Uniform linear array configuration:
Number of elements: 16
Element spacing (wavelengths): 1
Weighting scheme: hann
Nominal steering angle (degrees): -30
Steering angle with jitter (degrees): -28.881
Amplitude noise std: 0.05
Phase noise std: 0.05

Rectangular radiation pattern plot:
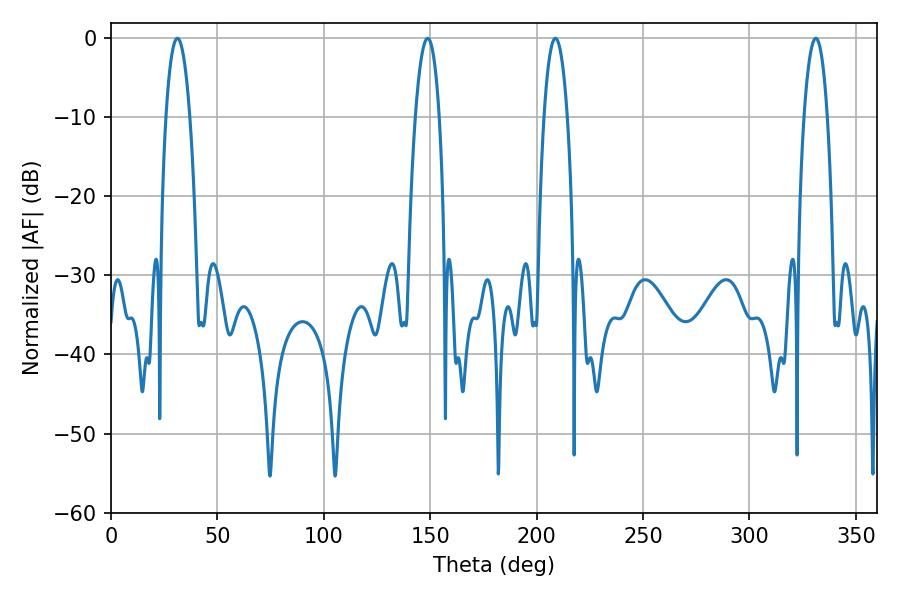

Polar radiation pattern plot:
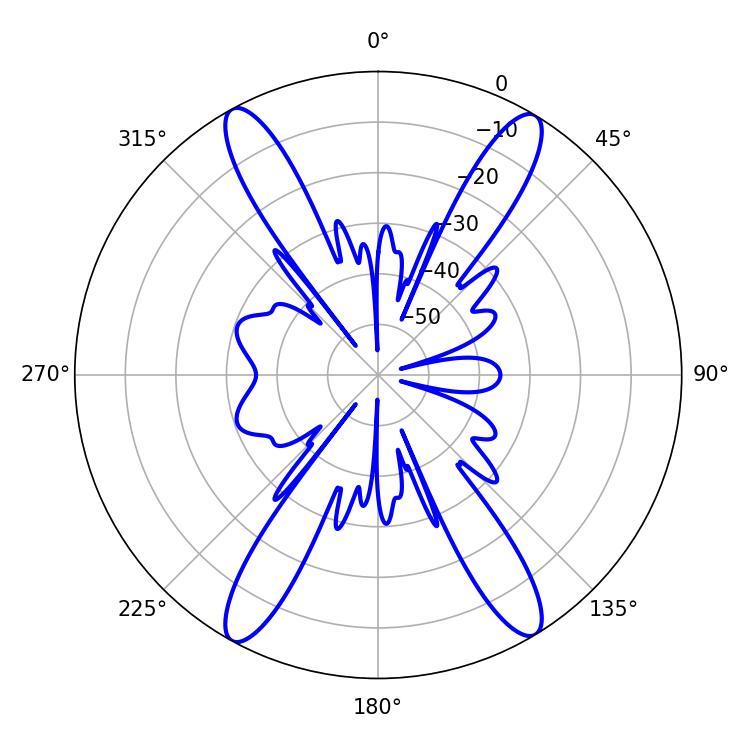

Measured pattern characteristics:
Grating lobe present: TRUE
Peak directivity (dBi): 22.522
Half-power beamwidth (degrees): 6.12
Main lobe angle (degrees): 208.8